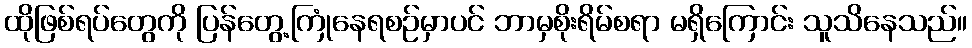
ထိုဖြစ်ရပ်တွေကို ပြန်တွေ့ကြုံနေရစဉ်မှာပင် ဘာမှစိုးရိမ်စရာ မရှိကြောင်း သူသိနေသည်။